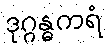
ဒုဂ္ဂန္ဓကရံ